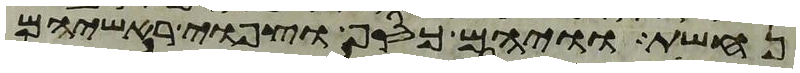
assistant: נחשת וויהם כסף וצפוי ראשיהם